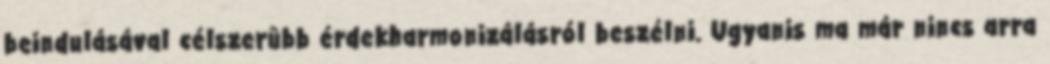
beindulásával célszerûbb érdekharmonizálásról beszélni. Ugyanis ma már nincs arra